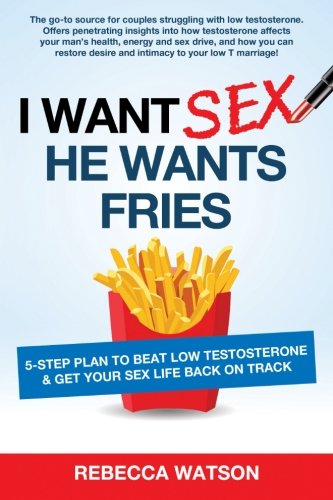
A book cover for I Want Sex, He Wants Fries: 5-Step Plan to Beat Low Testosterone & Get Your Sex Life Back On Track; rebecca watson; Health, Fitness & Dieting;